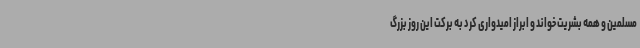
مسلمین و همه بشریت خواند و ابراز امیدواری کرد به برکت این روز بزرگ